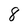
Character: 8